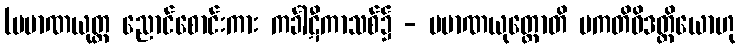
(ပမာဏယုတ္တ ညောင်စောင်းကား ကင်္ခါဋီကာသစ်၌ - ပမာဏယုတ္တောတိ ပကတိဝိဒတ္ထိယောဟု